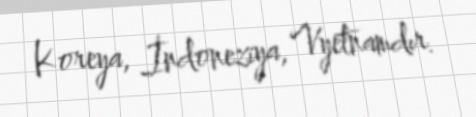
Koreya, İndoneziya, Vyetnamdır.